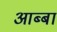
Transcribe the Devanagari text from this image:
आब्बा